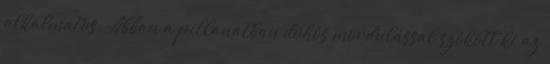
alkalmatos. Abban a pillanatban dühös mordulással szökött ki az